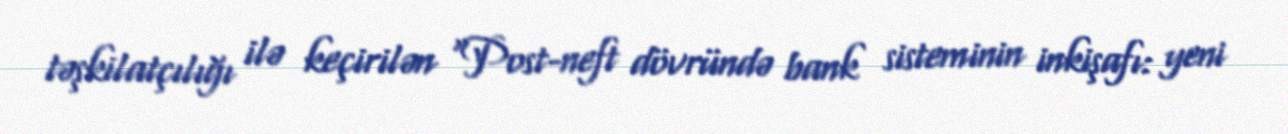
təşkilatçılığı ilə keçirilən “Post-neft dövründə bank sisteminin inkişafı: yeni